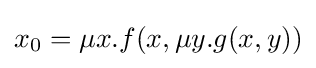
x_{0}=\mu x.f(x,\mu y.g(x,y))